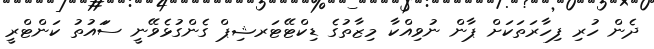
ދެން ހުރި ފިހާރަތަކަށް ޕާން ނުވިއްކާ މިޒާތުގެ ޑިކްޓޭޓަރޝިޕް ގެންގުޅެވޭނީ ސަައުތު ކަންޓްރީ